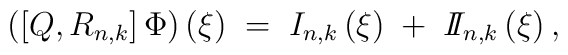
\left(\left[ Q,    R_{n,k}\right]\Phi\right)\left(\xi \right)\;=\;I_{n,k}\left(\xi\right)\;+\; I\!\!I_{n,k}\left(\xi\right),